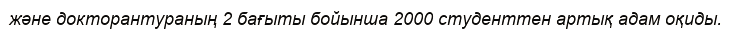
және докторантураның 2 бағыты бойынша 2000 студенттен артық адам оқиды.